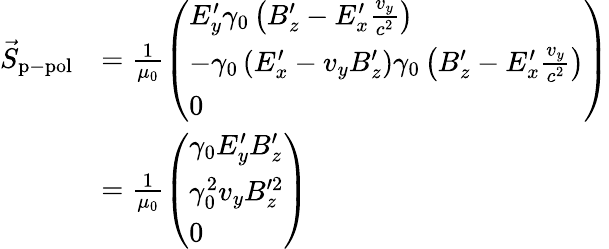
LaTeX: \begin{array}{rl}{\vec{S}_{\mathrm{p-pol}}}&{=\frac{1}{\mu_{0}}\left(\begin{array}{l}{E_{y}^{\prime}\gamma_{0}\left(B_{z}^{\prime}-E_{x}^{\prime}\frac{v_{y}}{c^{2}}\right)}\\ {-\gamma_{0}\left(E_{x}^{\prime}-v_{y}B_{z}^{\prime}\right)\gamma_{0}\left(B_{z}^{\prime}-E_{x}^{\prime}\frac{v_{y}}{c^{2}}\right)}\\ {0}\end{array}\right)}\\ &{=\frac{1}{\mu_{0}}\left(\begin{array}{l}{\gamma_{0}E_{y}^{\prime}B_{z}^{\prime}}\\ {\gamma_{0}^{2}v_{y}B_{z}^{\prime 2}}\\ {0}\end{array}\right)}\end{array}